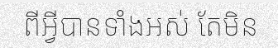
ពីអ្វីបានទាំងអស់ តែមិន